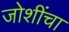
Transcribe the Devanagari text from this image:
जोशींचा